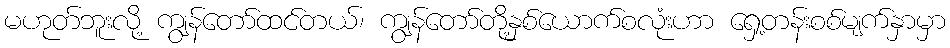
မဟုတ်ဘူးလို့ ကျွန်တော်ထင်တယ်၊ ကျွန်တော်တို့နှစ်ယောက်စလုံးဟာ ရှေ့တန်းစစ်မျက်နှာမှာ